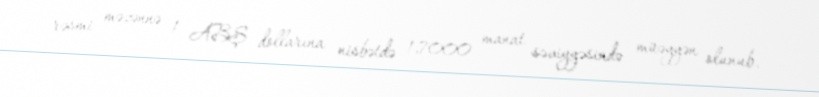
rəsmi məzənnə 1 ABŞ dollarına nisbətdə 1,7000 manat səviyyəsində müəyyən olunub.